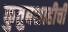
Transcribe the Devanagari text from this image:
कुतुबशाहीची